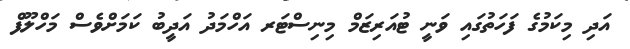
އަދި މިކަމުގެ ފަހަތުގައި ވަނީ ޓުއަރިޒަމް މިނިސްޓަރ އަހްމަދު އަދީބު ކަމަށްވެސް މަހްލޫފް